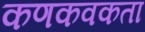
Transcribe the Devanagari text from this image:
कणकवकता